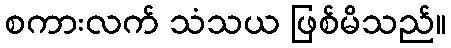
စကားလက် သံသယ ဖြစ်မိသည်။